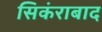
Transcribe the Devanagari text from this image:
सिकंराबाद